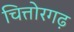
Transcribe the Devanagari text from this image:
चित्तोरगढ़